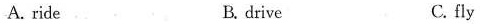
A. ride B.drive C. fly